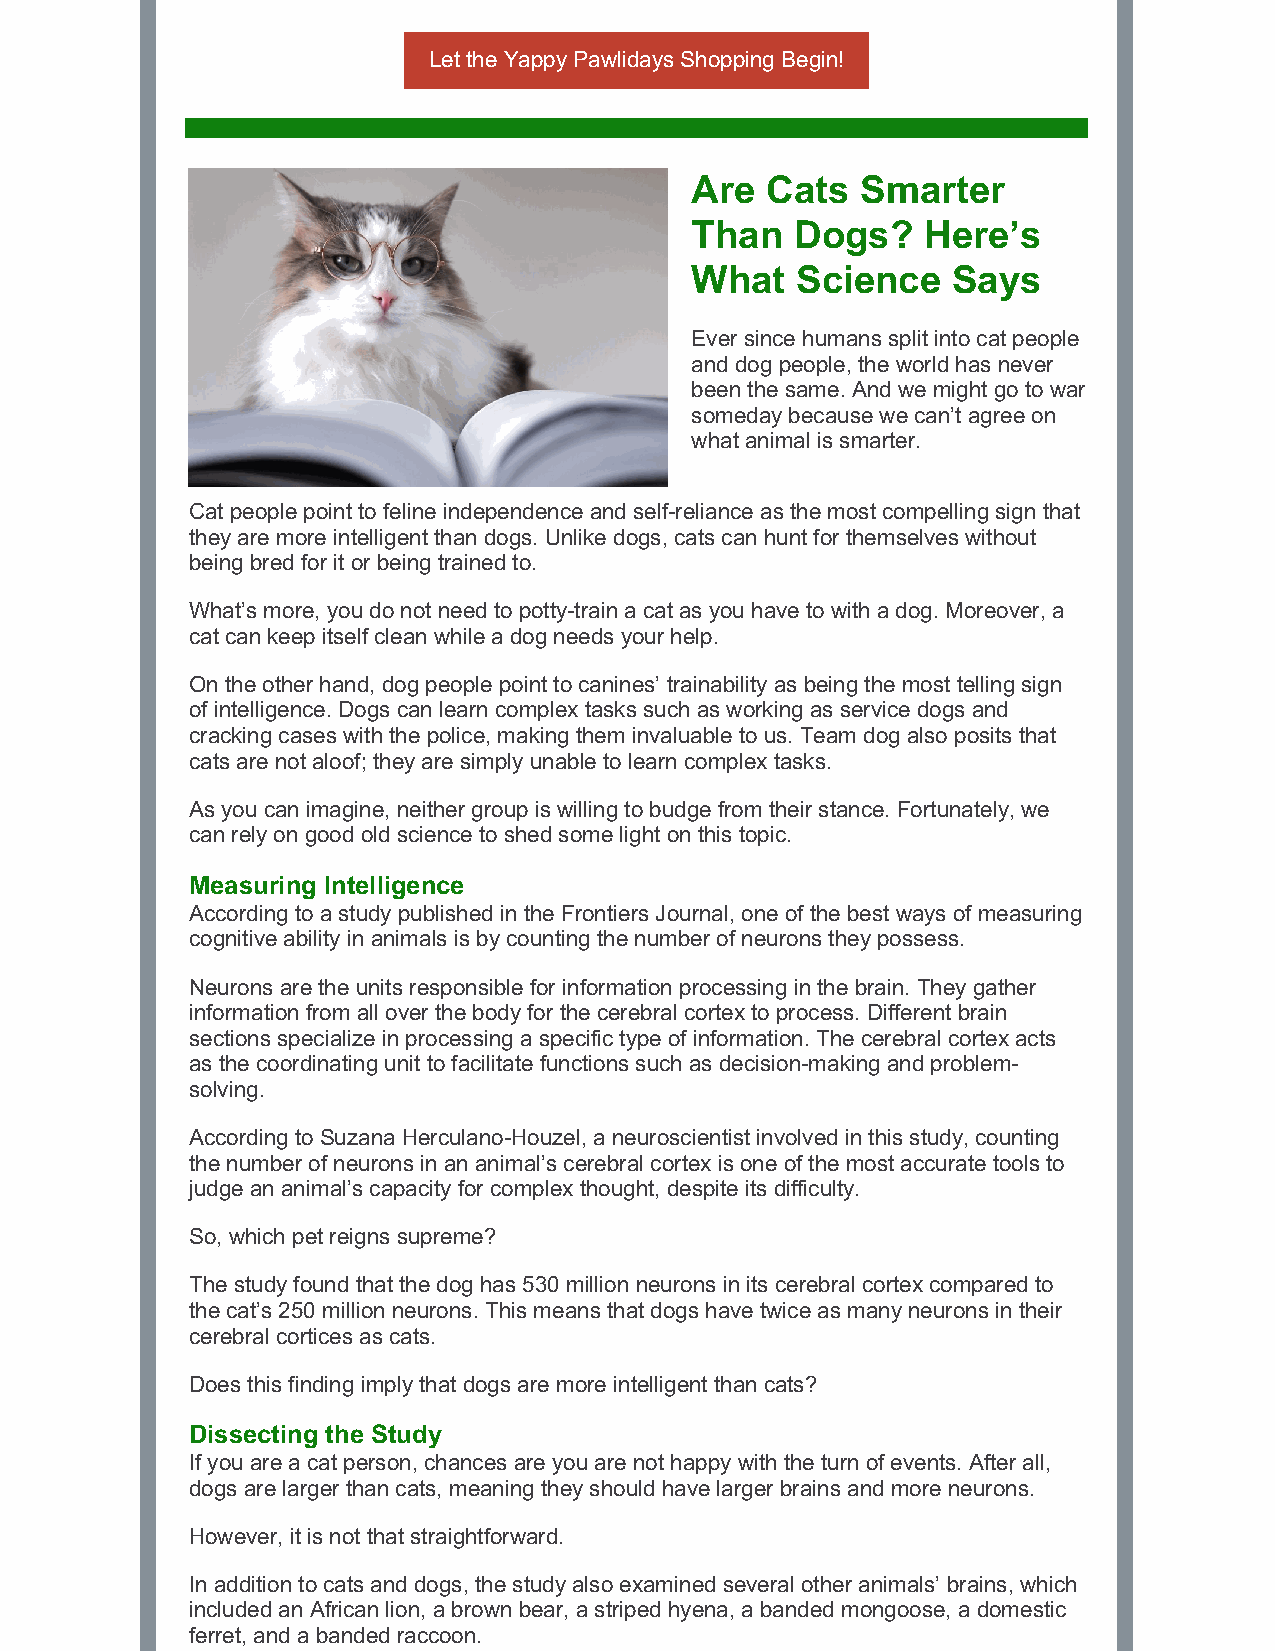
Let the Yappy Pawlidays Shopping Begin!
 Are  Cats  Smarter
 Than   Dogs?   Here’s
 What   Science   Says
 Ever since humans split into cat people
 and dog people, the world has never
 been the same. And we might go to war
 someday because we can’t agree on
 what animal is smarter.
 Cat people point to feline independence and self-reliance as the most compelling sign that
 they are more intelligent than dogs. Unlike dogs, cats can hunt for themselves without
 being bred for it or being trained to.
 What’s more, you do not need to potty-train a cat as you have to with a dog. Moreover, a
 cat can keep itself clean while a dog needs your help.
 On the other hand, dog people point to canines’ trainability as being the most telling sign
 of intelligence. Dogs can learn complex tasks such as working as service dogs and
 cracking cases with the police, making them invaluable to us. Team dog also posits that
 cats are not aloof; they are simply unable to learn complex tasks.
 As you can imagine, neither group is willing to budge from their stance. Fortunately, we
 can rely on good old science to shed some light on this topic.
 Measuring Intelligence
 According to a study published in the Frontiers Journal, one of the best ways of measuring
 cognitive ability in animals is by counting the number of neurons they possess.
 Neurons are the units responsible for information processing in the brain. They gather
 information from all over the body for the cerebral cortex to process. Different brain
 sections specialize in processing a specific type of information. The cerebral cortex acts
 as the coordinating unit to facilitate functions such as decision-making and problem-
 solving.
 According to Suzana Herculano-Houzel, a neuroscientist involved in this study, counting
 the number of neurons in an animal’s cerebral cortex is one of the most accurate tools to
 judge an animal’s capacity for complex thought, despite its difficulty.
 So, which pet reigns supreme?
 The study found that the dog has 530 million neurons in its cerebral cortex compared to
 the cat’s 250 million neurons. This means that dogs have twice as many neurons in their
 cerebral cortices as cats.
 Does this finding imply that dogs are more intelligent than cats?
 Dissecting the Study
 If you are a cat person, chances are you are not happy with the turn of events. After all,
 dogs are larger than cats, meaning they should have larger brains and more neurons.
 However, it is not that straightforward.
 In addition to cats and dogs, the study also examined several other animals’ brains, which
 included an African lion, a brown bear, a striped hyena, a banded mongoose, a domestic
 ferret, and a banded raccoon.